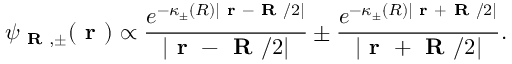
\psi _ { \textbf { R } , \pm } ( \textbf { r } ) \propto \frac { e ^ { - \kappa _ { \pm } ( R ) | \textbf { r } - \textbf { R } / 2 | } } { | \textbf { r } - \textbf { R } / 2 | } \pm \frac { e ^ { - \kappa _ { \pm } ( R ) | \textbf { r } + \textbf { R } / 2 | } } { | \textbf { r } + \textbf { R } / 2 | } .